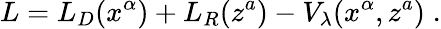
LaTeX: L=L_{D}(x^{\alpha})+L_{R}(z^{a})-V_{\lambda}(x^{\alpha},z^{a})\; .